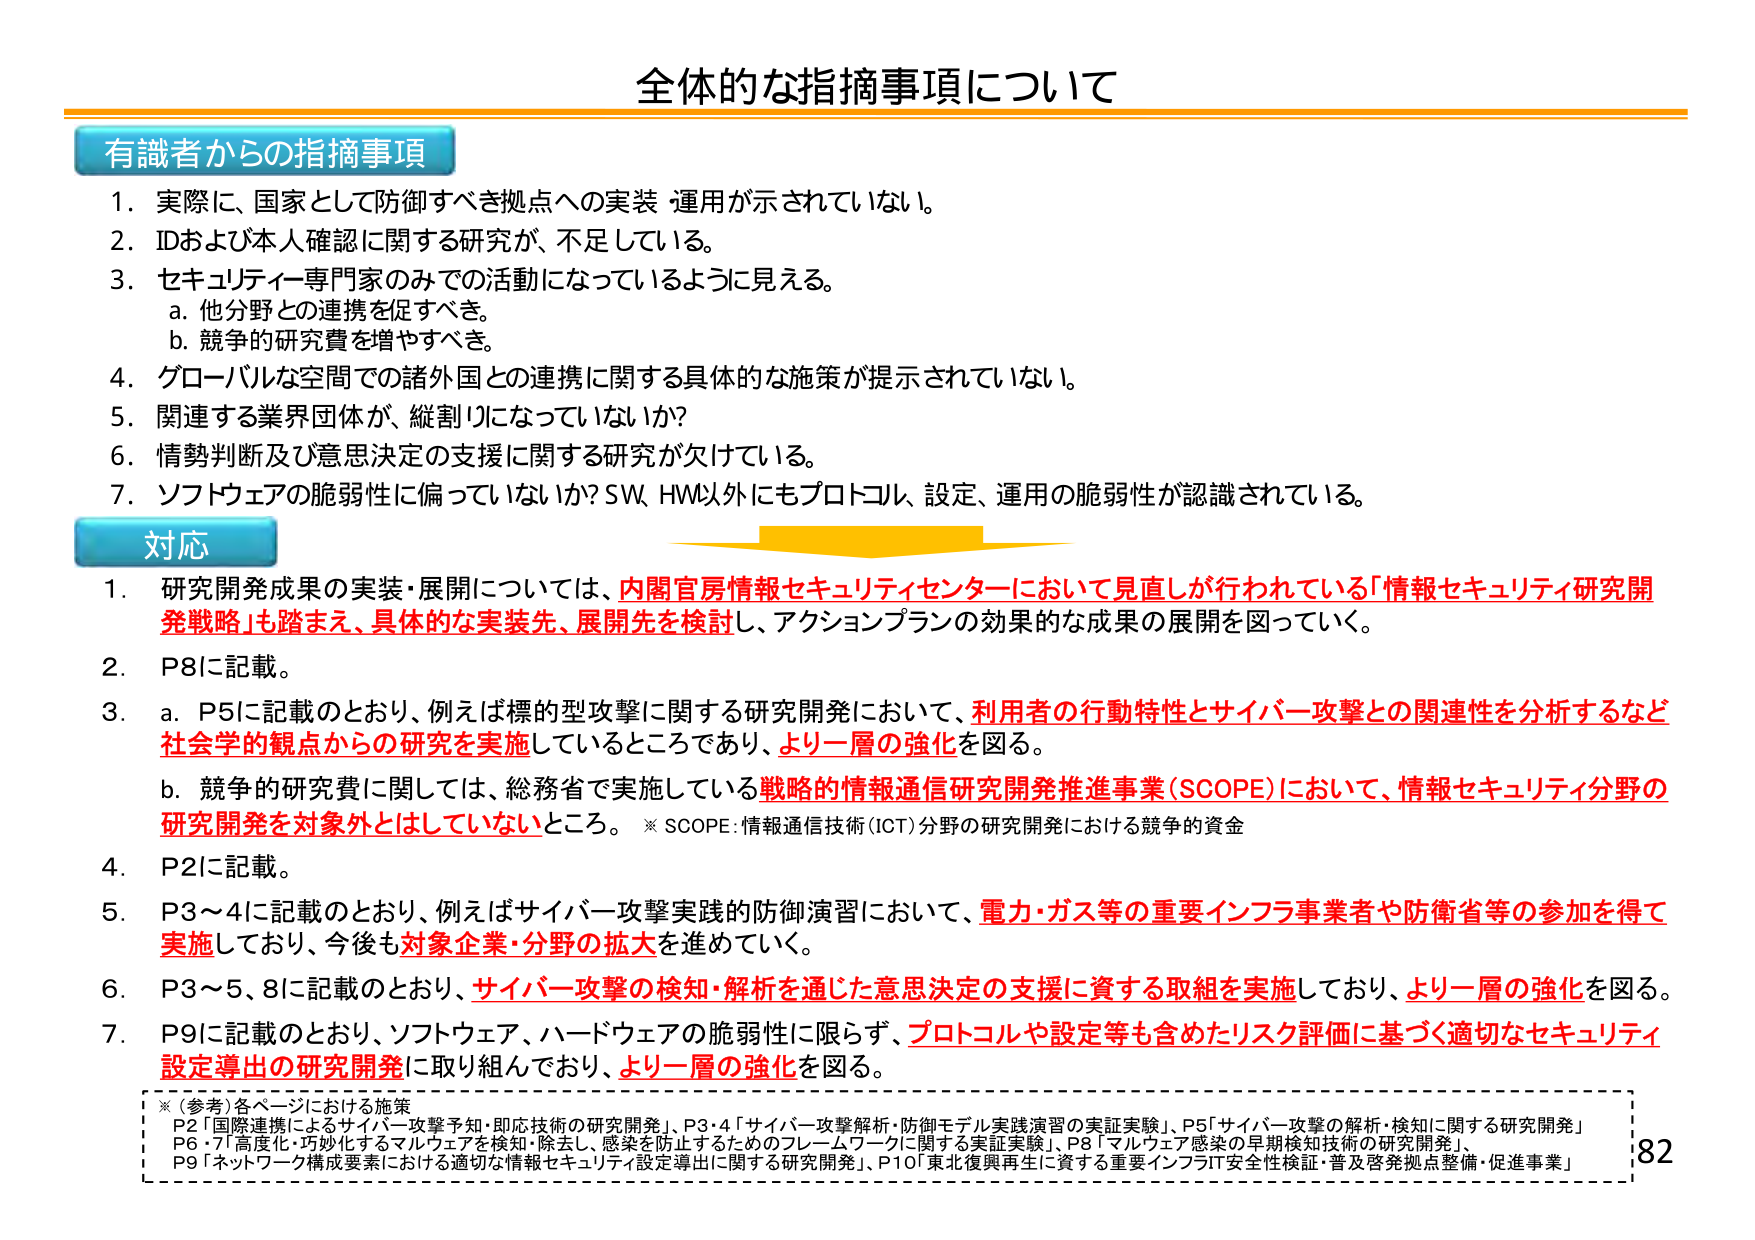
全体的な指摘事項について

有識者からの指摘事項
1. 実際に、国家として防御すべき拠点への実装・運用が示されていない。
2. IDおよび本人確認に関する研究が、不足している。
3. セキュリティ専門家のみでの活動になっているように見える。
　a. 他分野との連携を促すべき。
　b. 競争的研究費を増やすべき。
4. グローバルな空間での諸外国との連携に関する具体的な施策が提示されていない。
5. 関連する業界団体が、縦割りになっていないか？
6. 情勢判断及び意思決定の支援に関する研究が欠けている。
7. ソフトウェアの脆弱性に偏っていないか？SW、HW以外にもプロトコル、設定、運用の脆弱性が認識されている。

対応
1. 研究開発成果の実装・展開については、内閣官房情報セキュリティセンターにおいて見直しが行われている「情報セキュリティ研究開発戦略」も踏まえ、具体的な実装先、展開先を検討し、アクションプランの効果的な成果の展開を図っていく。
2. P8に記載。
3. a. P5に記載のとおり、例えば標的型攻撃に関する研究開発において、利用者の行動特性とサイバー攻撃との関連性を分析するなど社会学的観点からの研究を実施しているところであり、より一層の強化を図る。
　b. 競争的研究費に関しては、総務省で実施している戦略的情報通信研究開発推進事業(SCOPE)において、情報セキュリティ分野の研究開発を対象外とはしていないところ。※ SCOPE：情報通信技術(ICT)分野の研究開発における競争的資金
4. P2に記載。
5. P3～4に記載のとおり、例えばサイバー攻撃実践の防御演習において、電力・ガス等の重要インフラ事業者や防衛省等の参加を得て実施しており、今後も対象企業・分野の拡大を進めていく。
6. P3～5、8に記載のとおり、サイバー攻撃の検知・解析を通じた意思決定の支援に資する取組を実施しており、より一層の強化を図る。
7. P9に記載のとおり、ソフトウェア、ハードウェアの脆弱性に限らず、プロトコルや設定等も含めたリスク評価に基づく適切なセキュリティ設定導出の研究開発に取り組んでおり、より一層の強化を図る。

※（参考）各ページにおける施策
　P2「国際連携によるサイバー攻撃予知・即応技術の研究開発」、P3・4「サイバー攻撃解析・防御モデル実践演習の実証実験」、P5「サイバー攻撃の解析・検知に関する研究開発」
　P6・7「高度化・巧妙化するマルウェアを検知・除去し、感染を防止するためのフレームワークに関する実証実験」、P8「マルウェア感染の早期検知技術の研究開発」、
　P9「ネットワーク構成要素における適切な情報セキュリティ設定導出に関する研究開発」、P10「東北復興再生に資する重要インフラIT安全性検証・普及啓発拠点整備・促進事業」

82